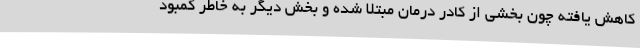
کاهش یافته چون بخشی از کادر درمان مبتلا شده و بخش دیگر به خاطر کمبود